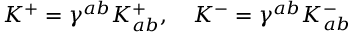
K ^ { + } = \gamma ^ { a b } K _ { a b } ^ { + } , ~ ~ ~ K ^ { - } = \gamma ^ { a b } K _ { a b } ^ { - }